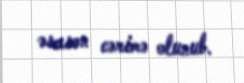
əsasən cərimə olunub.